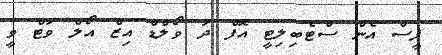
ޕީސް އެން ސްޓެބިލިޓީ އޮފް ދަ ވޯލްޑް އިޒް އޯލް ވަޓް ވީ